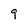
Character: 9